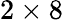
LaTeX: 2\times 8